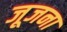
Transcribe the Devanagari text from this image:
जूजना